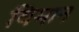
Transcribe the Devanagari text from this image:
विमान